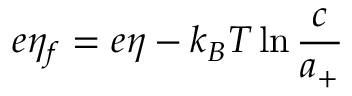
e \eta _ { f } = e \eta - k _ { B } T \ln { \frac { c } { a _ { + } } }